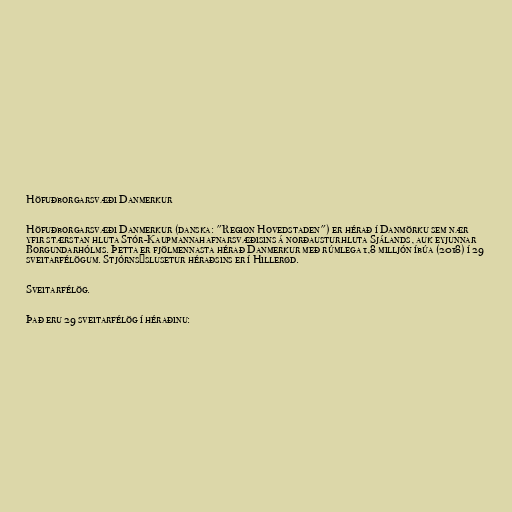
Höfuðborgarsvæði Danmerkur

Höfuðborgarsvæði Danmerkur (danska: "Region Hovedstaden") er hérað í Danmörku sem nær
yfir stærstan hluta Stór-Kaupmannahafnarsvæðisins á norðausturhluta Sjálands, auk eyjunnar
Borgundarhólms. Þetta er fjölmennasta hérað Danmerkur með rúmlega 1,8 milljón íbúa (2018) í 29
sveitarfélögum. Stjórnsýslusetur héraðsins er í Hillerød.

Sveitarfélög.

Það eru 29 sveitarfélög í héraðinu: